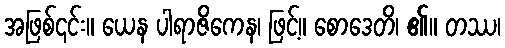
အဖြစ်၎င်း။ ယေန ပါရာဇိကေန၊ ဖြင့်။ စောဒေတိ၊ ၏။ တဿ၊